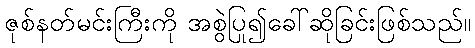
ဇုစ်နတ်မင်းကြီးကို အစွဲပြု၍ခေါ်ဆိုခြင်းဖြစ်သည်။